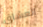
العشاق